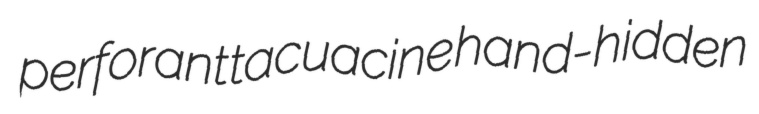
perforant tacuacine hand-hidden